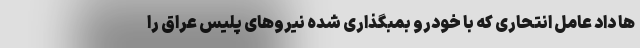
ها داد عامل انتحاری که با خودرو بمبگذاری شده نیروهای پلیس عراق را